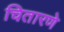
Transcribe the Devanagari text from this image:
चितारणे